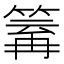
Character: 𥯿